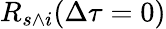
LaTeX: R_{s\wedge i}(\Delta\tau=0)